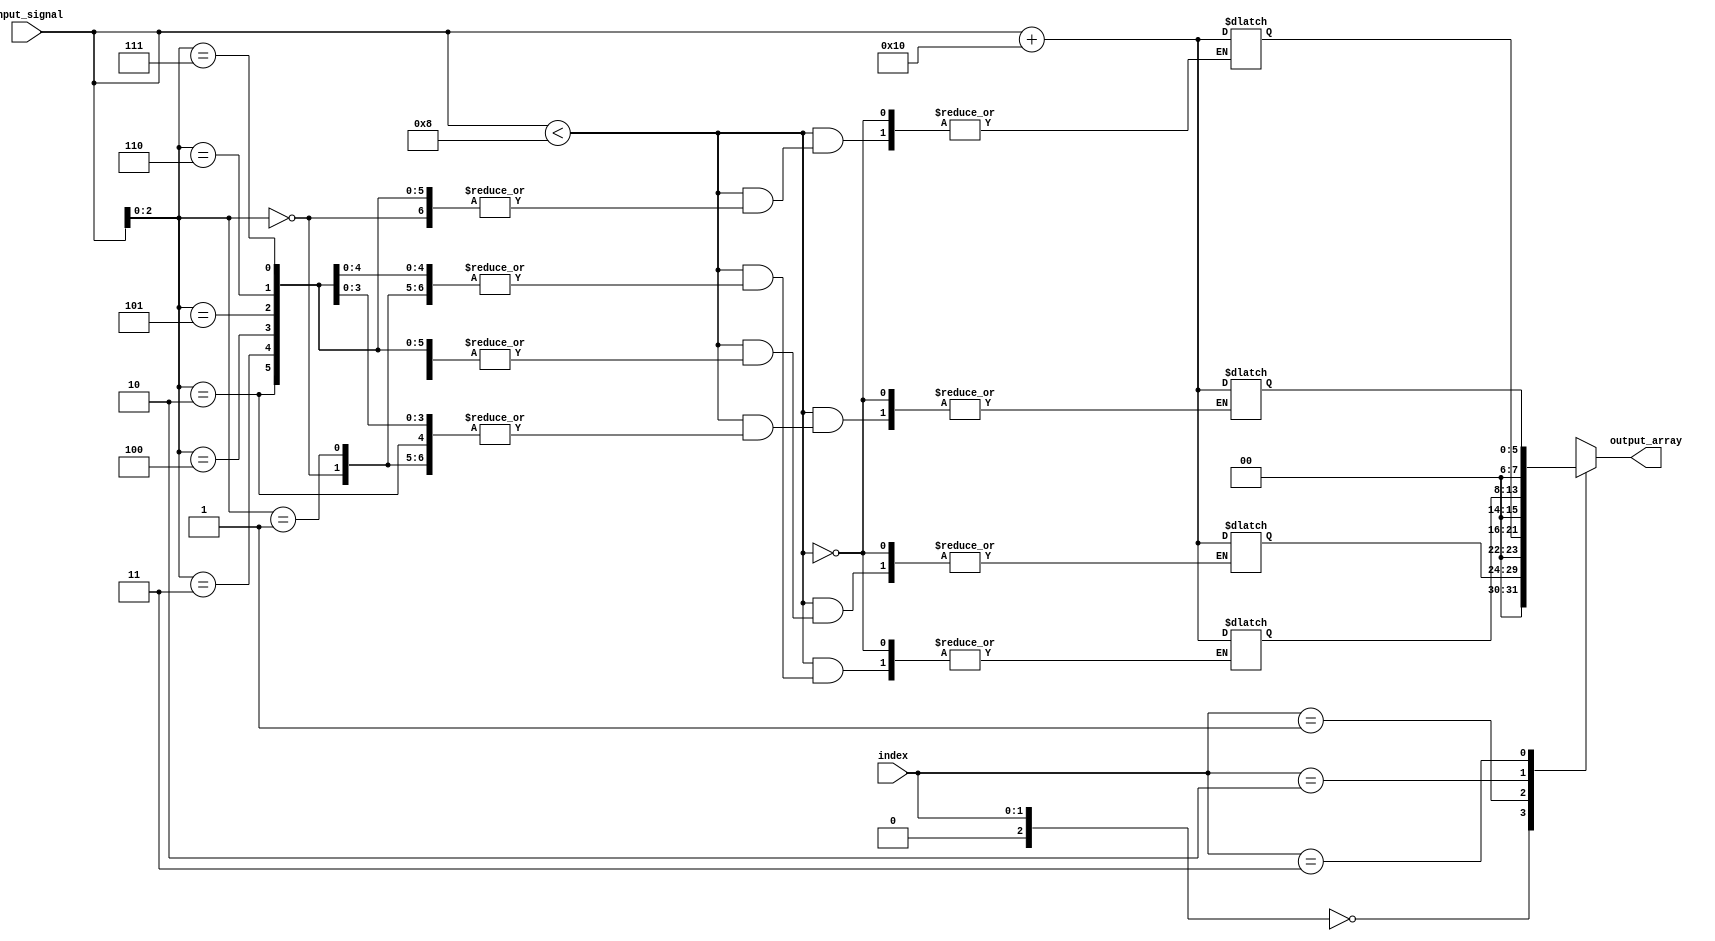
module array_continuous_assignment (
    input wire [3:0] input_signal,  // 4-bit input signal
    input wire [1:0] index,          // 2-bit index for array access
    output wire [7:0] output_array   // 8-bit output array
);

// Declare an array of 8 8-bit registers
reg [7:0] my_array [0:7];

// Initialize the array with default values
initial begin
    my_array[0] = 8'h00;
    my_array[1] = 8'h01;
    my_array[2] = 8'h02;
    my_array[3] = 8'h03;
    my_array[4] = 8'h04;
    my_array[5] = 8'h05;
    my_array[6] = 8'h06;
    my_array[7] = 8'h07;
end

// Continuous assignment to output_array based on the index
assign output_array = my_array[index];

// Continuous assignment to update the array based on input_signal
always @(*) begin
    // Example of updating the array based on some condition
    if (input_signal < 4'd8) begin
        my_array[input_signal] = input_signal + 8'h10; // Assign new value
    end
end

endmodule